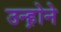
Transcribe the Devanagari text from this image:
उन्ह़ोने